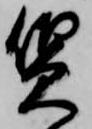
質